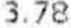
3.78